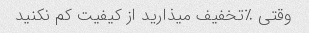
وقتی ٪تخفیف میذارید از کیفیت کم نکنید